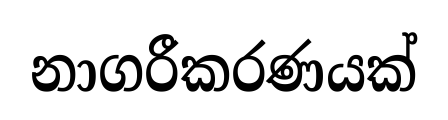
නාගරීකරණයක්